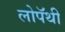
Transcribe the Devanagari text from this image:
लोपॅथी